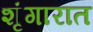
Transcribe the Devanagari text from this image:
शृंगारात